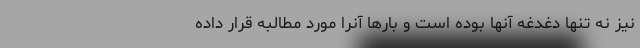
نیز نه تنها دغدغه آنها بوده است و بارها آنرا مورد مطالبه قرار داده